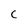
Character: C